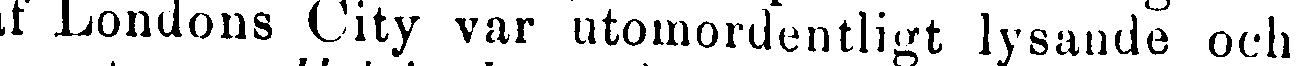
af Londons City var utomordentligt lysande och